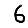
Digit: 6